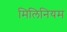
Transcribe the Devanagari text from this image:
मिलिनियम